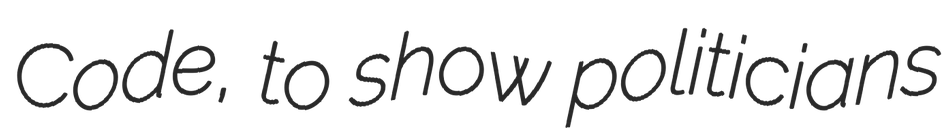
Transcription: Code, to show politicians